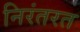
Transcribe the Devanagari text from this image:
निरंतरत